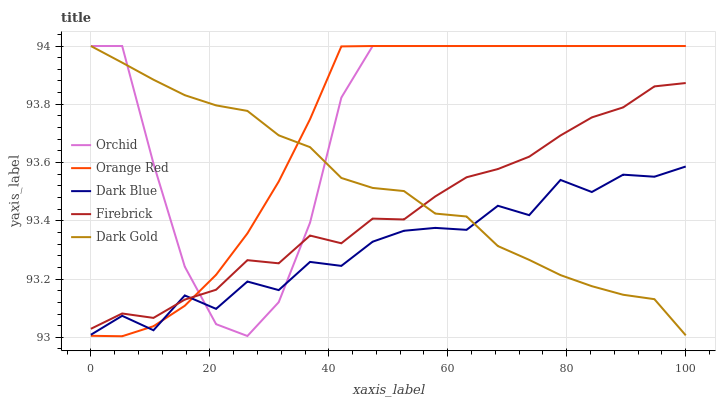
| xaxis_label | Orchid | Orange Red | Dark Blue | Firebrick | Dark Gold |
 | --- | --- | --- | --- | --- | --- |
 | 0 | 94 | 93 | 93 | 93 | 94 |
 | 5.26 | 94 | 93 | 93.1 | 93.1 | 93.9 |
 | 10.5 | 93.6 | 93 | 93 | 93.1 | 93.9 |
 | 15.8 | 93.2 | 93.1 | 93.1 | 93.1 | 93.8 |
 | 21.1 | 93 | 93.2 | 93.1 | 93.2 | 93.8 |
 | 26.3 | 93 | 93.4 | 93.2 | 93.3 | 93.8 |
 | 31.6 | 93.1 | 93.5 | 93.2 | 93.3 | 93.7 |
 | 36.8 | 93.4 | 93.7 | 93.3 | 93.3 | 93.7 |
 | 42.1 | 93.8 | 94 | 93.2 | 93.3 | 93.5 |
 | 47.4 | 94 | 94 | 93.3 | 93.4 | 93.5 |
 | 52.6 | 94 | 94 | 93.4 | 93.4 | 93.5 |
 | 57.9 | 94 | 94 | 93.4 | 93.5 | 93.4 |
 | 63.2 | 94 | 94 | 93.4 | 93.5 | 93.4 |
 | 68.4 | 94 | 94 | 93.5 | 93.6 | 93.3 |
 | 73.7 | 94 | 94 | 93.4 | 93.6 | 93.3 |
 | 78.9 | 94 | 94 | 93.5 | 93.7 | 93.2 |
 | 84.2 | 94 | 94 | 93.5 | 93.8 | 93.2 |
 | 89.5 | 94 | 94 | 93.6 | 93.8 | 93.1 |
 | 94.7 | 94 | 94 | 93.6 | 93.9 | 93.1 |
 | 100 | 94 | 94 | 93.6 | 93.9 | 93 |